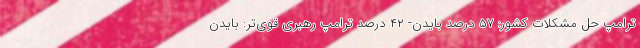
ترامپ حل مشکلات کشور: ۵۷ درصد بایدن- ۴۲ درصد ترامپ رهبری قوی‌تر: بایدن